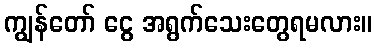
ကျွန်တော် ငွေ အရွက်သေးတွေရမလား။